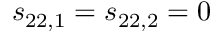
s _ { 2 2 , 1 } = s _ { 2 2 , 2 } = 0